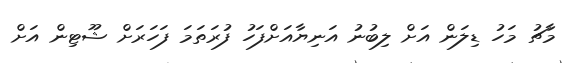
މާޗު މަހު ޑިލަން އަށް ލިބުނު އަނިޔާއަށްފަހު ފުރަތަމަ ފަހަރަށް ޝޫޓިން އަށް